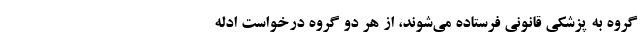
گروه به پزشکی قانونی فرستاده می‌شوند، از هر دو گروه درخواست ادله